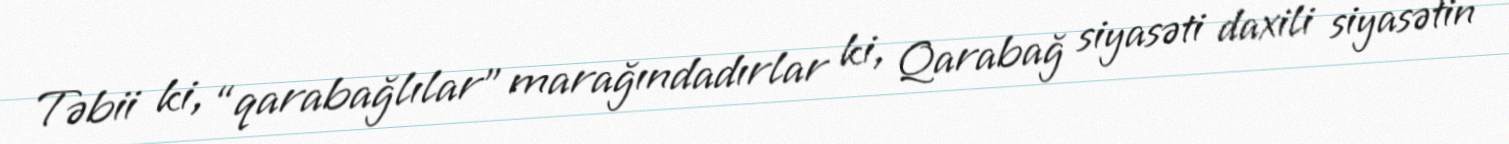
Təbii ki, “qarabağlılar” marağındadırlar ki, Qarabağ siyasəti daxili siyasətin